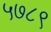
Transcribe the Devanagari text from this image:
५७८९